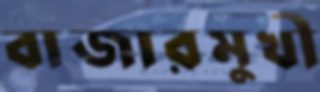
বাজারমুখী